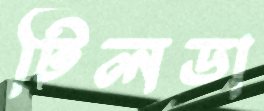
টিলডা